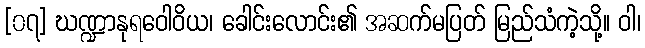
[၀၇] ဃဏ္ဍာနုရဝေါဝိယ၊ ခေါင်းလောင်း၏ အဆက်မပြတ် မြည်သံကဲ့သို့။ ဝါ၊